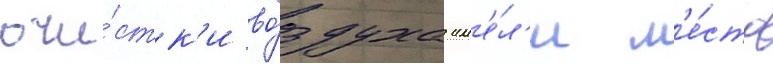
очи́стк'и во́здуха им'е́л'и м'е́сто